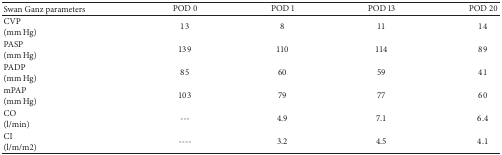
| Swan Ganz parameters | POD 0 | POD 1 | POD 13 | POD 20 |
 | --- | --- | --- | --- | --- |
 | CVP(mm Hg) | 13 | 8 | 11 | 14 |
 | PASP(mm Hg) | 139 | 110 | 114 | 89 |
 | PADP(mm Hg) | 85 | 60 | 59 | 41 |
 | mPAP(mm Hg) | 103 | 79 | 77 | 60 |
 | CO(l/min) | --- | 4.9 | 7.1 | 6.4 |
 | CI(l/m/m2) | ---- | 3.2 | 4.5 | 4.1 |